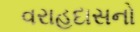
વરાહદાસનો